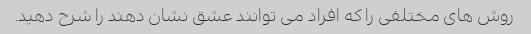
روش های مختلفی را که افراد می توانند عشق نشان دهند را شرح دهید.